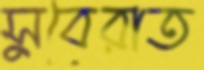
সুবেরাত